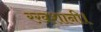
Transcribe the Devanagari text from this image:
रख़शानी।